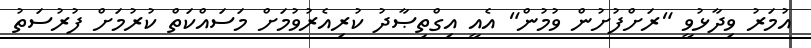
އުމަރު ވިދާޅުވީ "ރަށްފުށުން ވުމުން" އެއީ އިގްތިޞާދު ކުރިއެރުވުމަށް މަސައްކަތް ކުރުމަށް ފުރުސަތު